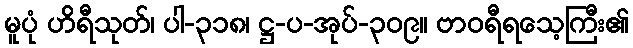
မူပုံ ဟိရီသုတ်၊ ပါ-၃၁၈၊ ဋ္ဌ-ပ-အုပ်-၃၀၉။ ဗာဝရီရသေ့ကြီး၏